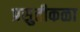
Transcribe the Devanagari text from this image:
प्रसुतीकळा